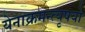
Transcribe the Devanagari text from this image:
येनाक्रमन्त्यृषयो